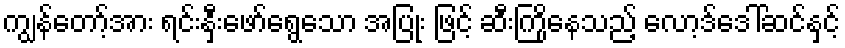
ကျွန်တော့်အား ရင်းနှီးဖော်ရွေသော အပြုံး ဖြင့် ဆီးကြိုနေသည့် လော့ဒ်ဒေါ်ဆင်နှင့်